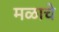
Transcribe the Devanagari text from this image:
मळाचे